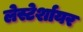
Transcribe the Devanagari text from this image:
लेस्टेर्शायर